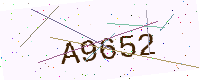
Text: A9652